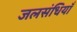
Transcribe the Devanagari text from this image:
जलसंधियाँ